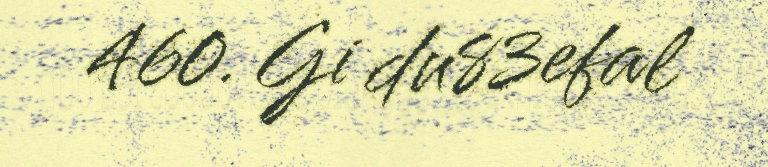
460. Gi du83efal